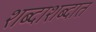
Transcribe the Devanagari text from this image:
शब्दाशब्दात